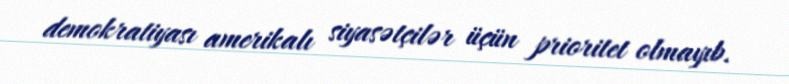
demokratiyası amerikalı siyasətçilər üçün prioritet olmayıb.